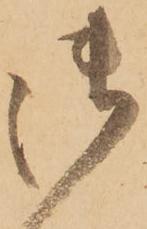
御